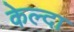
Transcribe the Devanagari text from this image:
केल्दा